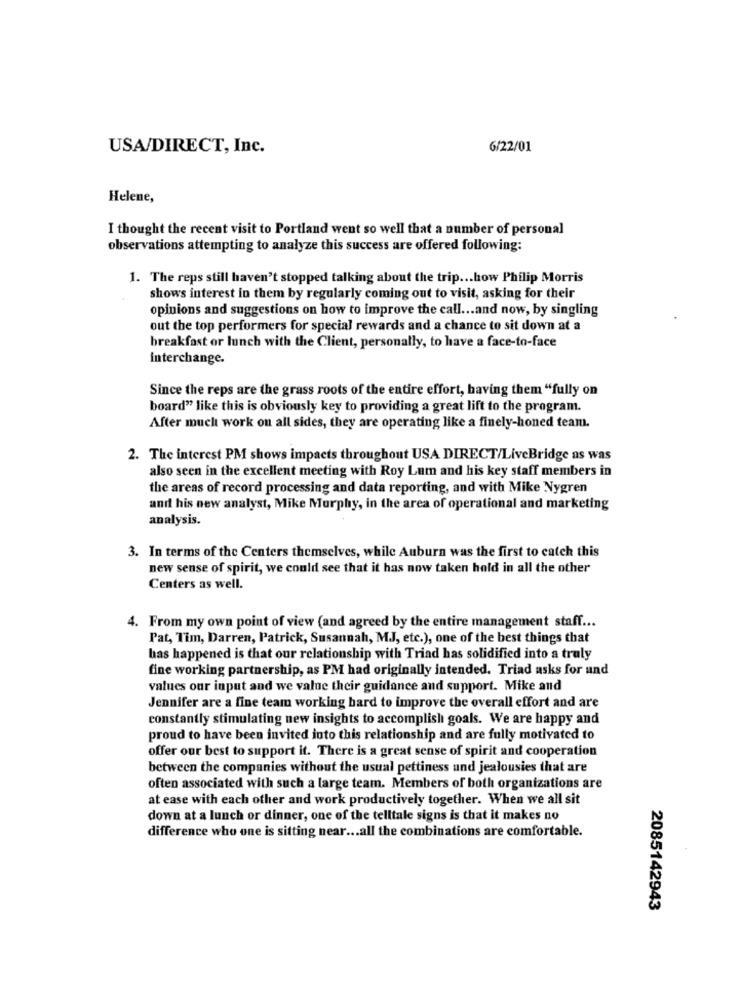
USA/DIRECT, Inc.
6/22/01
Helene,
I thought the recent visit to Portland went so well that a number of personal
observations attempting to analyze this success are offered following:
1. The reps still haven't stopped talking about the trip ... how Philip Morris
shows interest in them by regularly coming out to visit, asking for their
opinions and suggestions on how to improve the call ... and now, by singling
out the top performers for special rewards and a chance to sit down at a
breakfast or lunch with the Client, personally, to have a face-to-face
interchange.
Since the reps are the grass roots of the entire effort, having them "fully on
board" like this is obviously key to providing a great lift to the program.
After much work on all sides, they are operating like a finely-honed team.
2. The interest PM shows impacts throughout USA DIRECT/LiveBridge as was
also seen in the excellent meeting with Roy Lum and his key staff members in
the areas of record processing and data reporting, and with Mike Nygren
and his new analyst, Mike Murphy, in the area of operational and marketing
analysis.
3. In terms of the Centers themselves, while Auburn was the first to catch this
new sense of spirit, we could see that it has now taken hold in all the other
Centers as well.
4. From my own point of view (and agreed by the entire management staff ...
Pat, Tim, Darren, Patrick, Susannah, MJ, etc.), one of the best things that
has happened is that our relationship with Triad has solidified into a truly
fine working partnership, as PM had originally intended. Triad asks for und
values our input and we value their guidance and support. Mike and
Jennifer are a fine team working hard to improve the overall effort and are
constantly stimulating new insights to accomplish goals. We are happy and
proud to have been invited into this relationship and are fully motivated to
offer our best to support it. There is a great sense of spirit and cooperation
between the companies without the usual pettiness und jealousies that are
often associated with such a large team. Members of both organizations are
at ease with each other and work productively together. When we all sit
down at a lunch or dinner, one of the telltale signs is that it makes no
difference who one is sitting near ... all the combinations are comfortable.
2085142943